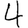
Digit: 4